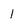
Character: 1